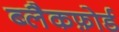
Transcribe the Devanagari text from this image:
ब्लैकफ़ोर्ड